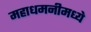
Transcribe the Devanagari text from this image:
महाधमनीमध्ये